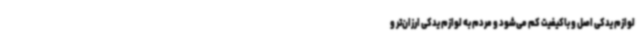
لوازم یدکی اصل و باکیفیت کم می‌شود و مردم به لوازم یدکی ارزان‌تر و